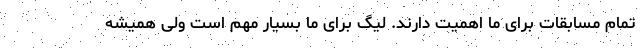
تمام مسابقات برای ما اهمیت دارند. لیگ برای ما بسیار مهم است ولی همیشه